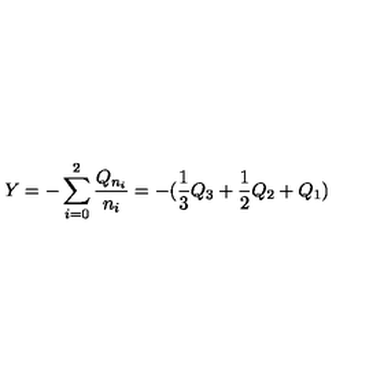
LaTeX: Y = - \sum _ { i = 0 } ^ { 2 } \frac { Q _ { n _ { i } } } { n _ { i } } = - ( \frac { 1 } { 3 } Q _ { 3 } + \frac { 1 } { 2 } Q _ { 2 } + Q _ { 1 } )